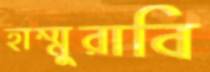
হাম্মুরাবি